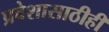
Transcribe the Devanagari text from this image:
प्रवेशासाठीही